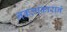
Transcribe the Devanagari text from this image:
नकलाकाराने